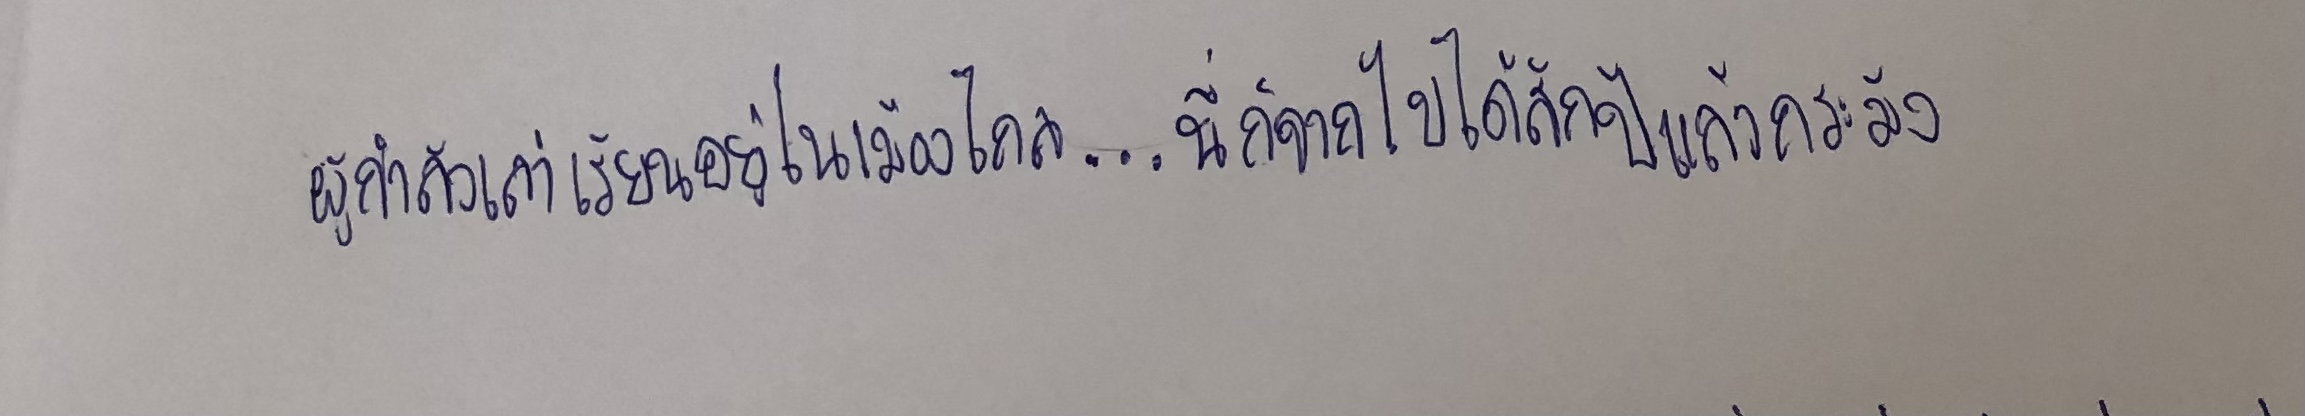
ผู้กำลังเล่าเรียนอยู่เมืองไกล...นี่ก็จากไปได้สักปีแล้วกระมัง